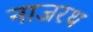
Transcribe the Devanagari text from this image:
नाजरथ